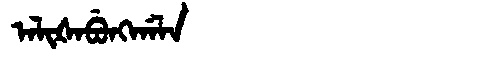
Manchu: ᠠᠯᡳᡧᠠᠪᡠᠩᡤᠠᠯᠠ
Romanization: ALIŠABUNGGALA